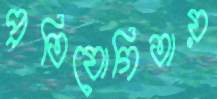
প্রতিযোগিতায়